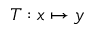
T : x \mapsto y